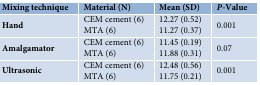
| Mixing technique | Material (N) | Mean (SD) | P-Value |
 | --- | --- | --- | --- |
 | <ROWSPAN=2> Hand | CEM cement (6) | 12.27 (0.52) | <ROWSPAN=2> 0.001 |
 | MTA (6) | 11.27 (0.37) |
 | <ROWSPAN=2> Amalgamator | CEM cement (6) | 11.45 (0.19) | <ROWSPAN=2> 0.07 |
 | MTA (6) | 11.88 (0.31) |
 | <ROWSPAN=2> Ultrasonic | CEM cement (6) | 12.48 (0.56) | <ROWSPAN=2> 0.001 |
 | MTA (6) | 11.75 (0.21) |